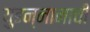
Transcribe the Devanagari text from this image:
युइन्नानाची